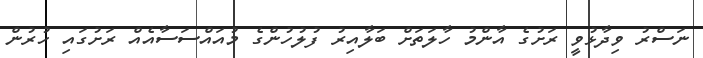
ނަސްރު ވިދާޅުވީ ރަށުގެ އާންމު ހާލަތަށް ބަލާއިރު ފުލުހުންގެ މުއައްސަސާއެއް ރަށުގައި ހުރުން